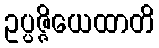
ဥပ္ပဇ္ဇိယေထာတိ